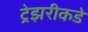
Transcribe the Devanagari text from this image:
ट्रेझरीकडे